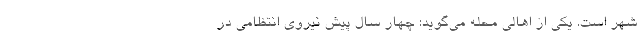
شهر است. یکی از اهالی محله می‌گوید: چهار سال پیش نیروی انتظامی در